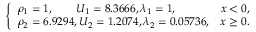
\left\{ \begin{array} { l l } { \rho _ { 1 } = 1 , \qquad U _ { 1 } = 8 . 3 6 6 6 , \lambda _ { 1 } = 1 , } & { x < 0 , } \\ { \rho _ { 2 } = 6 . 9 2 9 4 , U _ { 2 } = 1 . 2 0 7 4 , \lambda _ { 2 } = 0 . 0 5 7 3 6 , } & { x \geq 0 . } \end{array} \right.